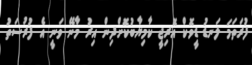
ފުރަތަމަ ލަނޑު ޑީވޮކް އޮރިޖީ ކާމިޔާބުކޮށްދިން އިރު މާނޭ ވަނީ އެ ފުރުސަތު